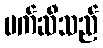
မက်ဆီသည်